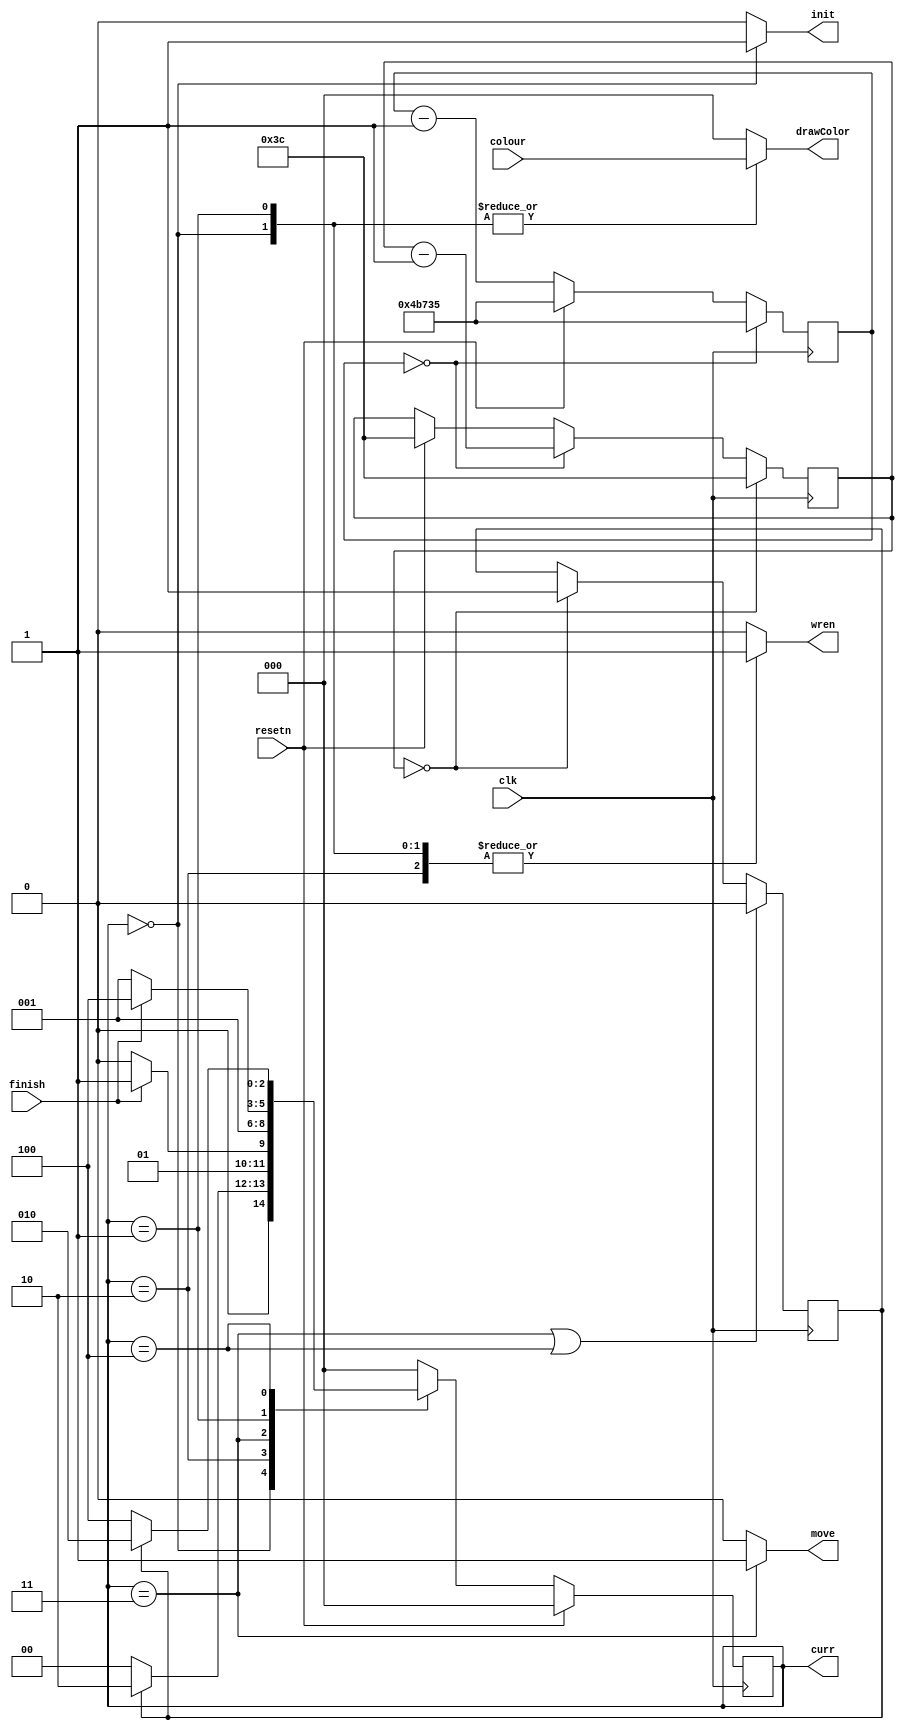
module control(
	input resetn,
	input clk,
	output reg [2:0] drawColor,
	input [2:0] colour,
	output reg wren,
	output reg [2:0] curr,
	input finish,
	output reg init,
	output reg move
	);

    // reg [2:0] curr, next;
    reg [2:0] next;
    reg refresh;

    reg [18:0] onesixty;
    reg [5:0] frames;

    localparam	INIT	= 3'd0,
		DRAW	= 3'd1,
		ERASE	= 3'd2,
		MOVE	= 3'd3,
		WAIT    = 3'd4;

    // 1/60 clock + framerate clock
    always @(posedge clk)
    begin
	if(resetn == 1) begin
	    onesixty <= 19'd83_3333;
	    frames <= 6'd60;
	    
	    curr<=INIT;
	    end
	else begin
	    onesixty <= onesixty - 1'b1;
	    curr <= next;
	    end
	if(onesixty == 19'b0) begin
	    onesixty <= 19'd83_3333;
		 frames <= frames - 1'b1;
		 end
	if(frames == 6'b0) begin
	    frames <= 6'd60;
	    refresh <= 1'b1;
	    end
		 	   
	if(curr == MOVE || curr == WAIT)
	    refresh <= 1'b0;
   
	 
	end // end always clock

    always @(*)
    begin: state_table
	case(curr)
	    INIT: next = refresh? ERASE: INIT;
	    ERASE: next = finish? MOVE : ERASE;
	    MOVE: next = DRAW;
	    DRAW: next = finish? WAIT: DRAW; 
	    WAIT: next = refresh? ERASE: WAIT; 
	    default: next = INIT;
	endcase
    end

    always @(*)
    begin: signals
	wren = 1'b0;
	init = 1'b0;
	move = 1'b0;
	drawColor = 3'b000;
	case(curr)
	    INIT: begin wren = 1'b1; init = 1'b1; drawColor = colour; end
	    ERASE: begin wren = 1'b1; drawColor = 3'b000; end
	    MOVE: move = 1'b1;
	    DRAW: begin wren = 1'b1; drawColor = colour; end
		 
	endcase
    end


endmodule